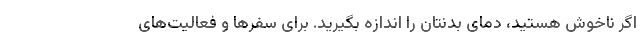
اگر ناخوش هستید، دمای بدنتان را اندازه بگیرید. برای سفرها و فعالیت‌های